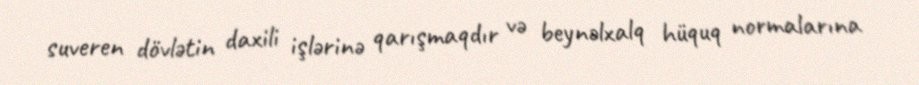
suveren dövlətin daxili işlərinə qarışmaqdır və beynəlxalq hüquq normalarına